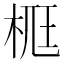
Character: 𣒸